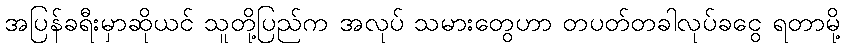
အပြန်ခရီးမှာဆိုယင် သူတို့ပြည်က အလုပ် သမားတွေဟာ တပတ်တခါလုပ်ခငွေ ရတာမို့